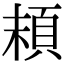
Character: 𩑷